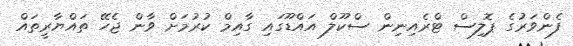
ފެންވަރުގެ ޕޮލިސް ޓްރެއިނިން ސްކޫލް އައްޑޫގައި ގާއިމް ކުރުމަށް ވާން ޖެހޭ ތައްޔާރީތައް